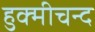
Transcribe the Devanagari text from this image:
हुक्मीचन्द